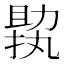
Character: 𠢟